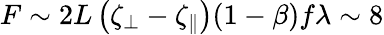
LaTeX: F\sim 2L\left(\zeta_{\perp}-\zeta_{\parallel}\right)(1-\beta)f\lambda\sim 8